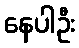
နေပါဦး